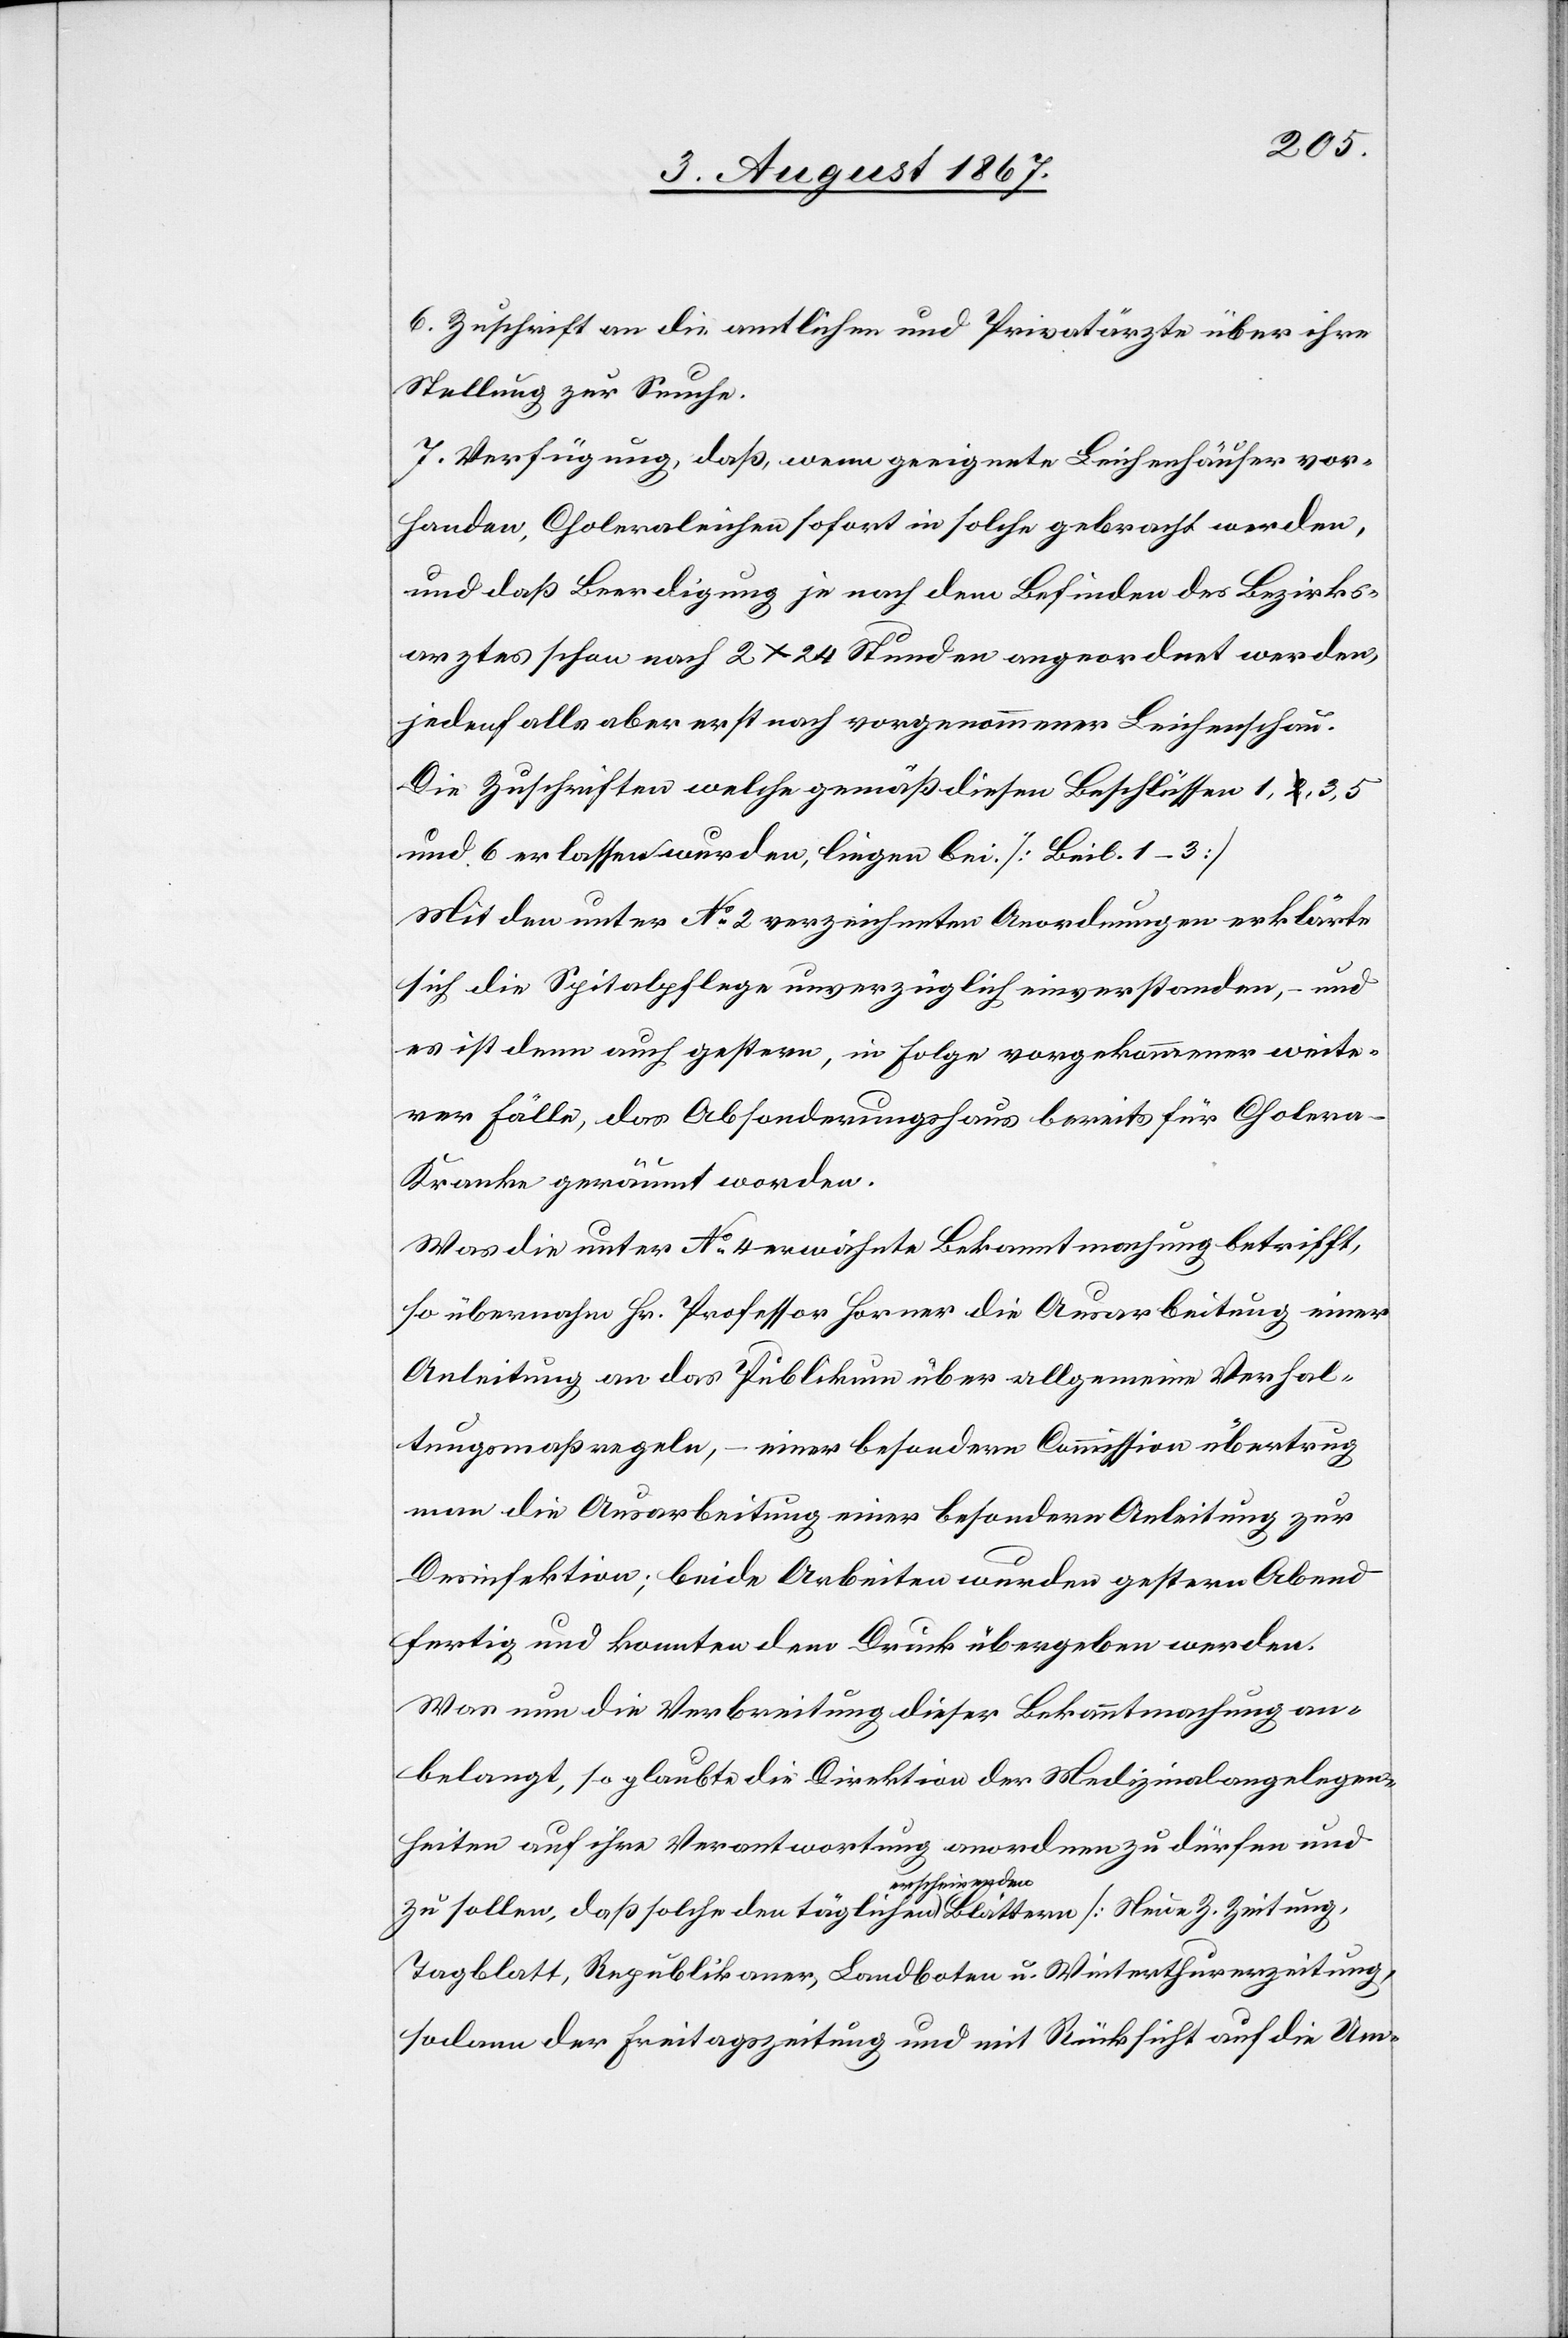
6.Zuschrift an die amtlichen und Privatärzte über ihre
Stellung zur Seuche.
7. Verfügung, daß, wenn geeignete Leichenhäuser vor¬
handen, Choleraleichen sofort in solche gebracht werden,
und daß Beerdigung je nach dem Befinden des Bezirks¬
arztes schon nach 2 x 24 Stunden angeordnet werden,
jedenfalls aber erst nach vorgenommener Leichenschau.
Die Zuschriften welche gemäß diesen Beschlüssen 1, 3, 5
und 6 erlassen wurden, liegen bei. [Beil. 1–3]
Mit den unter No. 2 verzeichneten Anordnungen erklärte
sich die Spitalpflege unverzüglich einverstanden, – und
es ist denn auch gestern, in Folge vorgekommener weite¬
rer Fälle, das Absonderungshaus bereits für Choler¬
a-Kranke geräumt worden.
Was die unter No. 4 erwähnte Bekanntmachung betrifft,
so übermachen Hr. Professor Horner die Ausarbeitung einer
Anleitung an das Publikum über allgemeine Verhal¬
tungsmaßregeln, – einer besondern Commission übertrug
man die Ausarbeitung einer besondern Anleitung zur
Desinfektion; beide Arbeiten wurden gestern Abend
fertig und konnten dem Druck übergeben werden.
Was nun die Verbreitung dieser Bekanntmachung an¬
belangt, so glaubte die Direktion der Medizinalangelegen¬
heiten auf ihre Verantwortung anordnen zu dürfen und
zu sollen, daß solche den täglich erscheinenden Blättern
Tagblatt, Republikaner, Landboten u. Winterthurerzeitung,
sodann der Freitagszeitung und mit Rücksicht auf die Um-